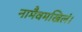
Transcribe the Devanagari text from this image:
नामैवमखिलं।